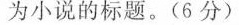
为小说的标题。(6分)